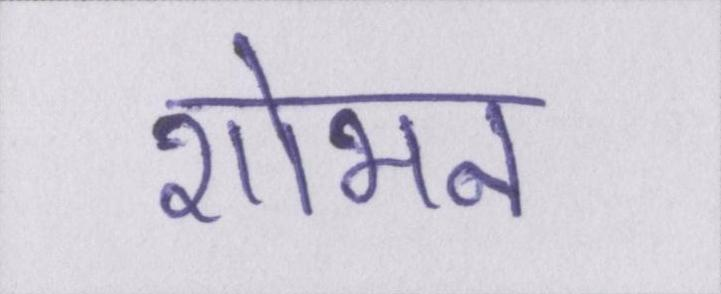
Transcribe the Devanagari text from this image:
शोभन